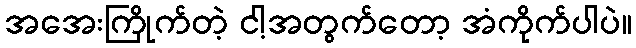
အအေးကြိုက်တဲ့ ငါ့အတွက်တော့ အံကိုက်ပါပဲ။